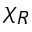
\chi _ { R }